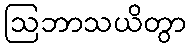
ဩဘာသယိတွာ